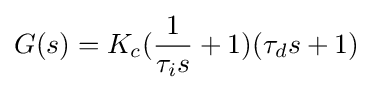
G(s)=K_{c}({\frac {1}{\tau _{i}{s}}}+1)(\tau _{d}{s}+1)